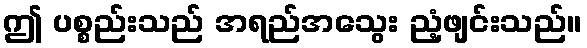
ဤ ပစ္စည်းသည် အရည်အသွေး ညံ့ဖျင်းသည်။